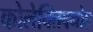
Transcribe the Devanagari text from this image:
कोलेक्तिवनोए